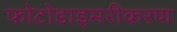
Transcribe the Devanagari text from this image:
फोटोडाइमरीकरण